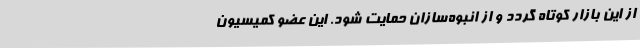
از این بازار کوتاه گردد و از انبوه‌سازان حمایت شود. این عضو کمیسیون